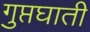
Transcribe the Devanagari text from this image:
गुप्तघाती